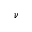
\nu